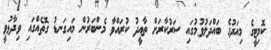
ކޮމިޓީގެ މިއަދުގެ ބައްދަލުވުމުގައި ސަރުކާރަށް ތާއީދު ކުރައްވާ މެންބަރުން މައިގަނޑު ގޮތެއްގައި ވިދާޅުވީ